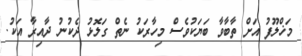
މަޚްލޫފު އަށް ތާބާވާ ބަޔަކުވެސް މިހާރަކު ނެތް ގަލޮޅު ދެކުނު ދާއިރާ އަކު.